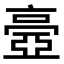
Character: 𠆊